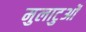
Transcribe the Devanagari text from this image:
मुलाटुओं